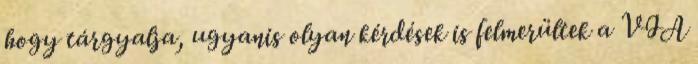
hogy tárgyalja, ugyanis olyan kérdések is felmerültek a VIA